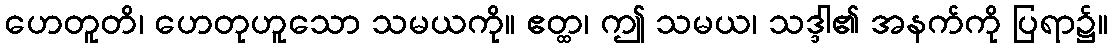
ဟေတူတိ၊ ဟေတုဟူသော သမယကို။ ဧတ္ထ၊ ဤ သမယ၊ သဒ္ဒါ၏ အနက်ကို ပြရာ၌။